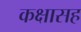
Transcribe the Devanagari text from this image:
कक्षासह